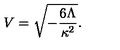
V = \sqrt { - \frac { 6 \Lambda } { \kappa ^ { 2 } } } .